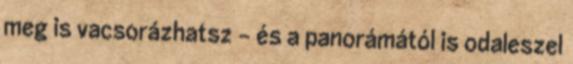
meg is vacsorázhatsz - és a panorámától is odaleszel